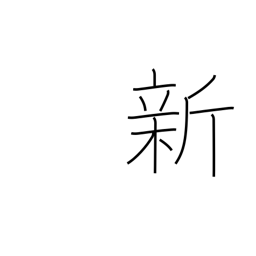
Meaning: new